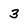
Character: 3